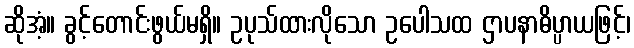
ဆိုအံ့။ ခွင့်တောင်းဖွယ်မရှိ။ ဥပုသ်ထားလိုသော ဥပေါသထ ဌာပနာဓိပ္ပာယဖြင့်၊